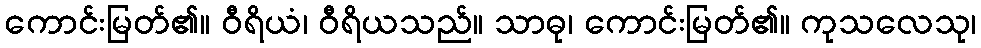
ကောင်းမြတ်၏။ ဝီရိယံ၊ ဝီရိယသည်။ သာဓု၊ ကောင်းမြတ်၏။ ကုသလေသု၊